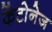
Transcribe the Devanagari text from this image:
केंटोनेज